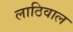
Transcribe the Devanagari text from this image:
लाठिवाल